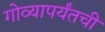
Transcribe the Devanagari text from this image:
गोव्यापर्यंतची